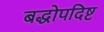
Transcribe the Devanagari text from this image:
बद्धोपदिष्ट